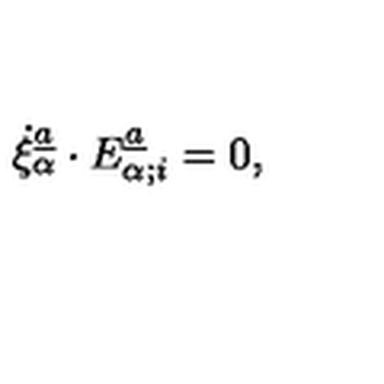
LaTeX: \dot { \xi } _ { \alpha } \sp { \underline { { a } } } \cdot E _ { \alpha ; i } \sp { \underline { { a } } } = 0 ,